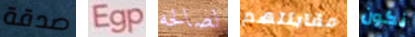
صدقة Egp لصالحه مقابلتهم نكون